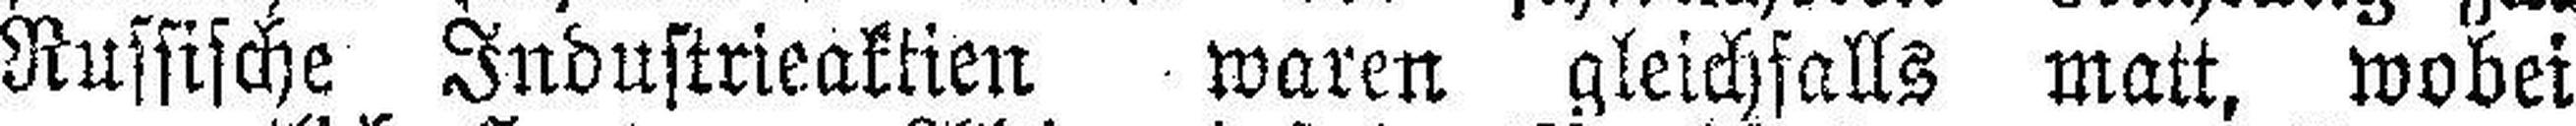
Russische Industrieaktien waren gleichfalls matt, wobei